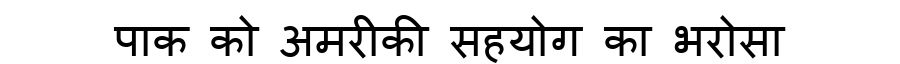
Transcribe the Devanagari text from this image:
पाक को अमरीकी सहयोग का भरोसा